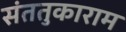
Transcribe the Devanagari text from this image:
संततुकाराम